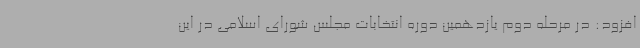
افزود: در مرحله دوم یازدهمین دوره انتخابات مجلس شورای اسلامی در این